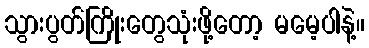
သွားပွတ်ကြိုးတွေသုံးဖို့တော့ မမေ့ပါနဲ့။